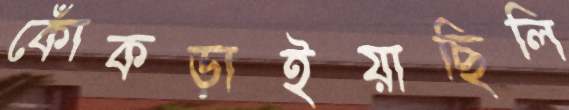
কোঁকড়াইয়াছিলি